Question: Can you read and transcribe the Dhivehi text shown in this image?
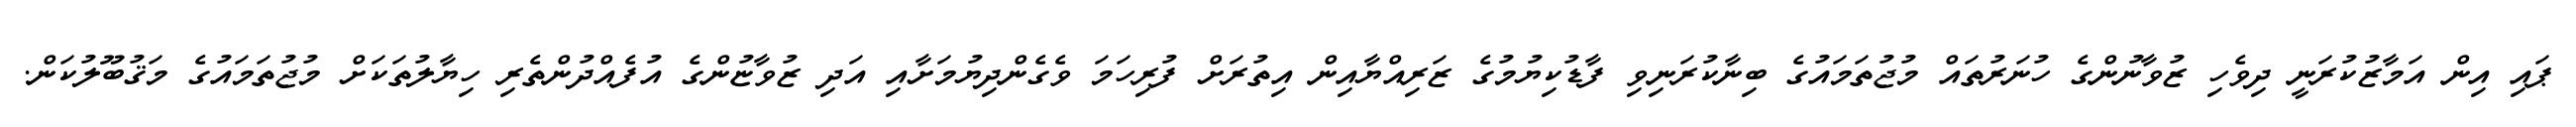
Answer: ޕައި އިން އަމާޒުކުރަނީ ދިވެހި ޒުވާނުންގެ ހުނަރުތައް މުޖުތަމައުގެ ބިނާކުރަނިވި ފާޑުކިޔުމުގެ ޒަރިއްޔާއިން އިތުރަށް ފުރިހަމަ ވެގެންދިޔުމަށާއި އަދި ޒުވާޏުންގެ އުފެއްދުންތެރި ހިޔާލުތަކަށް މުޖުތަމައުގެ މަޤުބޫލުކަން.